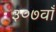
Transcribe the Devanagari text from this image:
३०७वाँ